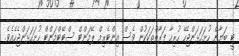
ޓީ ބަޔާން ހުށަހަޅަންޖެހޭ ހުރިހާ ފަރާތްތަކަކުން ވެސް އިންޓެރިމް ޕޭމަންޓް ސްޓޭޓްމަންޓް ހުށަހަޅަންޖެހެއެވެ.